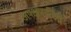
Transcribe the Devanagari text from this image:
अपक्षपातिनी